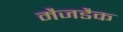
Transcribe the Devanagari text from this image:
मैजडैक